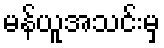
မန်ယူအသင်းမှ